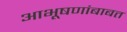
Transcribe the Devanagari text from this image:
आभूषणांबाबत